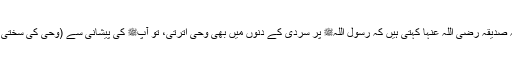
1571: اُمّ المؤمنین عائشہ صدیقہ رضی اللہ عنہا کہتی ہیں کہ رسول اللہﷺ پر سردی کے دنوں میں بھی وحی اترتی، تو آپﷺ کی پیشانی سے (وحی کی سختی سے ) پسینہ بہہ نکلتا تھا۔